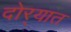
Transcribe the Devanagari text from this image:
दोर्‍यात